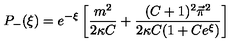
P _ { - } ( \xi ) = e ^ { - \xi } \left[ \frac { m ^ { 2 } } { 2 \kappa C } + \frac { ( C + 1 ) ^ { 2 } \vec { \pi } { } ^ { 2 } } { 2 \kappa C ( 1 + C e ^ { \xi } ) } \right]